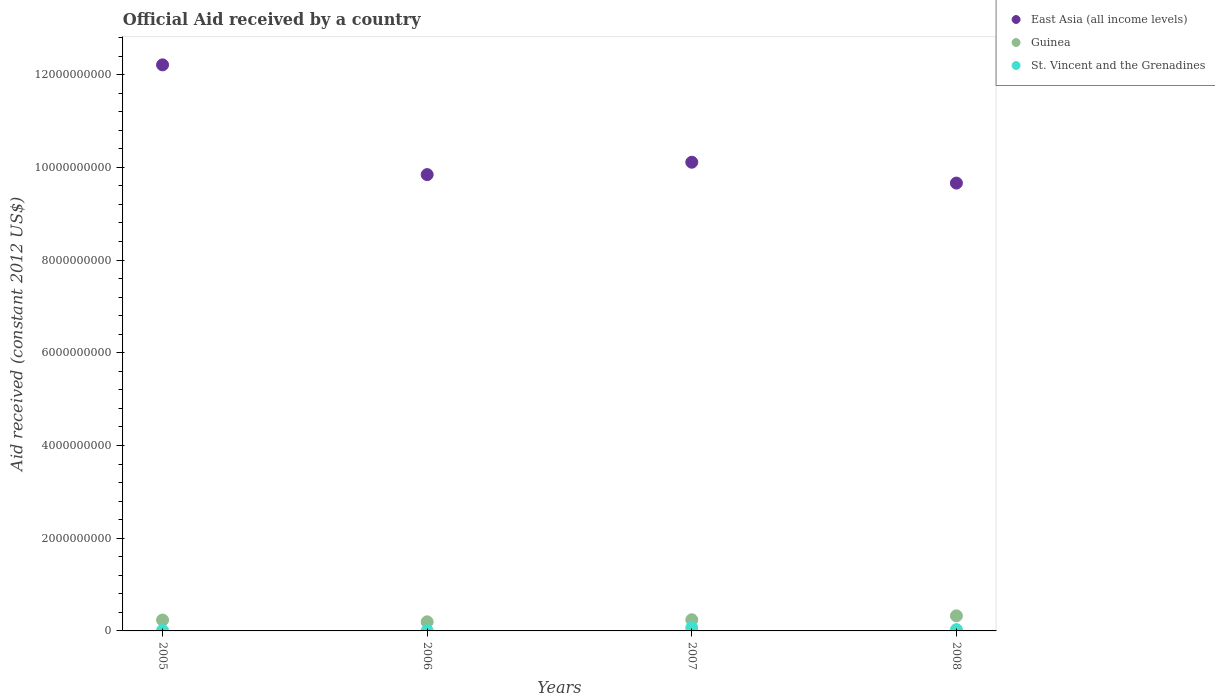
| Years | East Asia (all income levels) | Guinea | St. Vincent and the Grenadines |
 | --- | --- | --- | --- |
 | 2005 | 1.22e+10 | 2.35e+08 | 9.75e+06 |
 | 2006 | 9.84e+09 | 1.96e+08 | 5.68e+06 |
 | 2007 | 1.01e+10 | 2.41e+08 | 6.84e+07 |
 | 2008 | 9.66e+09 | 3.26e+08 | 2.82e+07 |